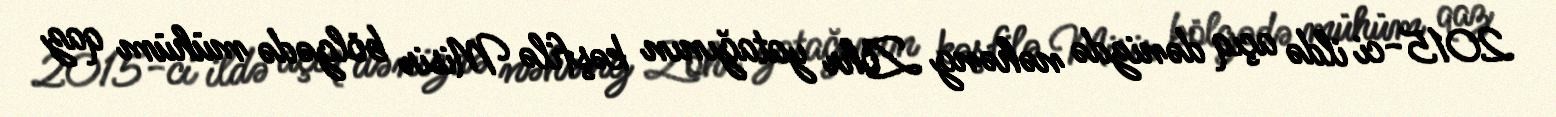
2015-ci ildə açıq dənizdə nəhəng Zöhr yatağının kəşfilə Misir bölgədə mühüm qaz